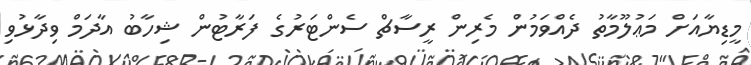
މީޑިޔާއަށް މަޢުލޫމާތު ދެއްވަމުން މެރިން ރީސާޗް ސެންޓަރުގެ ފަރާޓުން ޝިހާބު އާދަމް ވިދާޅުވި